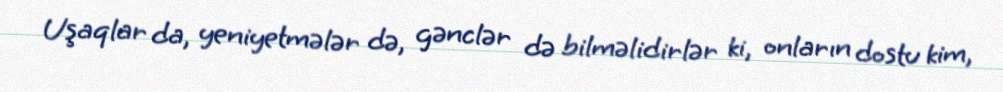
Uşaqlar da, yeniyetmələr də, gənclər də bilməlidirlər ki, onların dostu kim,